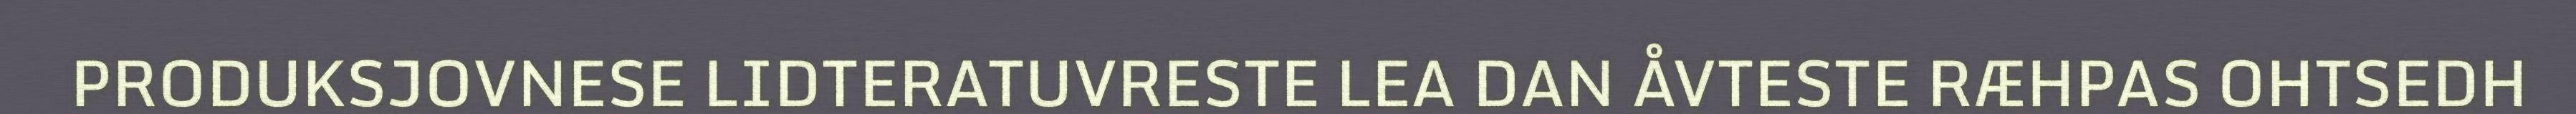
PRODUKSJOVNESE LIDTERATUVRESTE LEA DAN ÅVTESTE RÆHPAS OHTSEDH